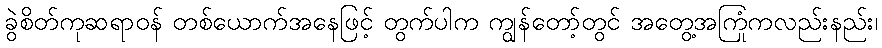
ခွဲစိတ်ကုဆရာဝန် တစ်ယောက်အနေဖြင့် တွက်ပါက ကျွန်တော့်တွင် အတွေ့အကြုံကလည်းနည်း၊